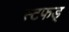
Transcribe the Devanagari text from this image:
स्टफड्